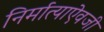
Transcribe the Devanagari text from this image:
निर्मात्याऐवजी